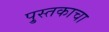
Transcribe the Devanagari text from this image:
पु्स्तकाचा